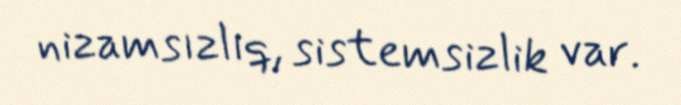
nizamsızlıq, sistemsizlik var.